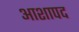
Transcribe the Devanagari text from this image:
आशापद